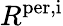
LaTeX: R^{\mathrm{per,i}}